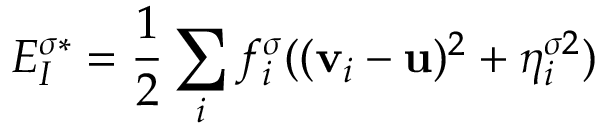
E _ { I } ^ { \sigma * } = \frac { 1 } { 2 } \sum _ { i } f _ { i } ^ { \sigma } ( ( \mathbf { v } _ { i } - \mathbf { u } ) ^ { 2 } + \eta _ { i } ^ { \sigma 2 } )